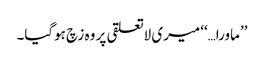
’’ماورا…‘‘ میری لاتعلقی پر وہ زچ ہوگیا۔